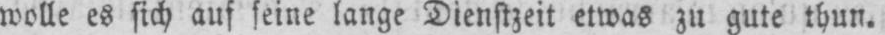
wolle es sich auf seine lange Dienstzeit etwas zu gute thun.